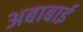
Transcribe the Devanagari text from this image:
अबाबाई